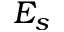
E _ { s }